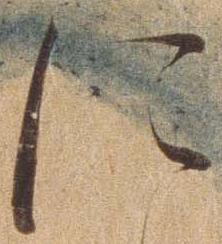
に